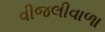
વીજલીવાળા